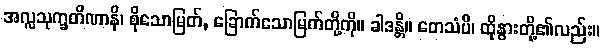
အလ္လသုက္ခတိဏာနိ၊ စိုသောမြတ်, ခြောက်သောမြက်တို့ကို။ ခါဒန္တိ။ တေသံပိ၊ ထိုနွားတို့၏လည်း။